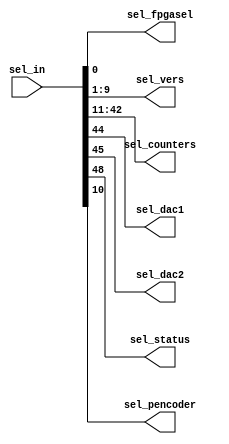
module select_out(sel_in, sel_fpgasel, sel_vers, sel_counters, sel_dac1, sel_dac2, sel_status,sel_pencoder);

input [63:0] sel_in;
output [8:0] sel_vers;
output [31:0] sel_counters;

output sel_dac1;
output sel_dac2;
output sel_fpgasel;
output sel_status;
output sel_pencoder;


assign sel_fpgasel = sel_in[0];
assign sel_vers = sel_in[9:1];
assign sel_pencoder= sel_in [10];
assign sel_counters = {sel_in[42:39],sel_in[38:35],sel_in[34:31],sel_in[30:27],sel_in[26:23],sel_in[22:19],sel_in[18:15],sel_in[14:11]};

assign sel_dac1 = sel_in[44];
assign sel_dac2 = sel_in[45];
assign sel_status = sel_in[48];
endmodule